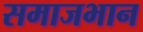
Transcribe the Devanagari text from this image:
समाजभान